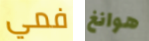
فمي هوانغ